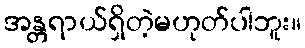
အန္တရာယ်ရှိတဲ့မဟုတ်ပါဘူး။